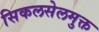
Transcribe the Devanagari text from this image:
सिकलसेलमुक्त